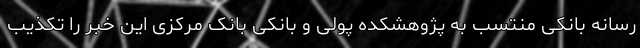
رسانه بانکی منتسب به پژوهشکده پولی و بانکی بانک مرکزی این خبر را تکذیب